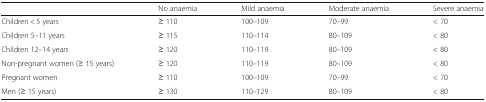
|  | No anaemia | Mild anaemia | Moderate anaemia | Severe anaemia |
 | --- | --- | --- | --- | --- |
 | Children < 5 years | ≥ 110 | 100–109 | 70–99 | < 70 |
 | Children 5–11 years | ≥ 115 | 110–114 | 80–109 | < 80 |
 | Children 12–14 years | ≥ 120 | 110–119 | 80–109 | < 80 |
 | Non-pregnant women (≥ 15 years) | ≥ 120 | 110–119 | 80–109 | < 80 |
 | Pregnant women | ≥ 110 | 100–109 | 70–99 | < 70 |
 | Men (≥ 15 years) | ≥ 130 | 110–129 | 80–109 | < 80 |